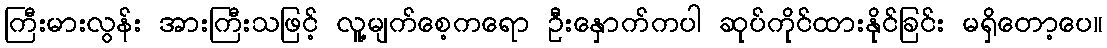
ကြီးမားလွန်း အားကြီးသဖြင့် လူ့မျက်စေ့ကရော ဦးနှောက်ကပါ ဆုပ်ကိုင်ထားနိုင်ခြင်း မရှိတော့ပေ။